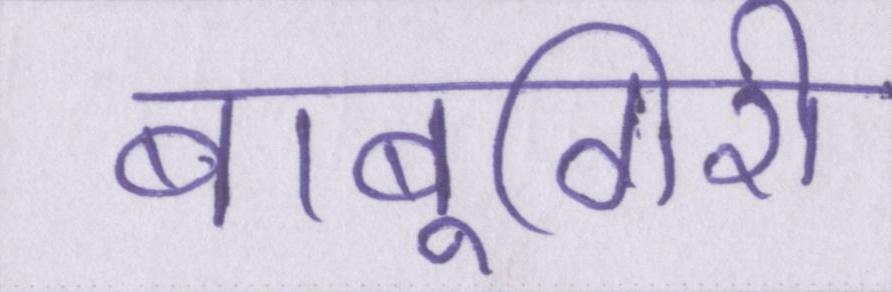
बाबूगिरी